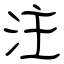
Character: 注